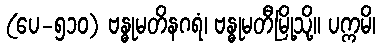
(ပေ-၅၁၀) ဗန္ဓုမတိနဂရံ၊ ဗန္ဓုမတီမြို့သို့။ ပက္ကမိ၊